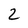
Character: 2